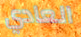
العادي